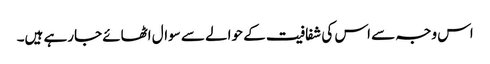
اس وجہ سے اس کی شفافیت کے حوالے سے سوال اٹھائے جارہے ہیں۔